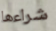
شراءها